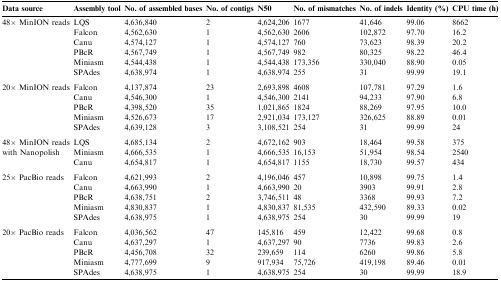
<table><thead><tr><td><b>Data source</b></td><td><b>Assembly tool</b></td><td><b>No. of assembled bases</b></td><td><b>No. of contigs</b></td><td><b>N50</b></td><td><b>No. of mismatches</b></td><td><b>No. of indels</b></td><td><b>Identity (%)</b></td><td><b>CPU time (h)</b></td></tr></thead><tbody><tr><td rowspan="6">48× MinION reads</td><td>LQS</td><td>4,636,840</td><td>2</td><td>4,624,206</td><td>1677</td><td>41,646</td><td>99.06</td><td>8662</td></tr><tr><td>Falcon</td><td>4,562,630</td><td>1</td><td>4,562,630</td><td>2606</td><td>102,872</td><td>97.70</td><td>16.2</td></tr><tr><td>Canu</td><td>4,574,127</td><td>1</td><td>4,574,127</td><td>760</td><td>73,623</td><td>98.39</td><td>20.2</td></tr><tr><td>PBcR</td><td>4,567,749</td><td>1</td><td>4,567,749</td><td>982</td><td>80,325</td><td>98.22</td><td>46.4</td></tr><tr><td>Miniasm</td><td>4,544,438</td><td>1</td><td>4,544,438</td><td>173,356</td><td>330,040</td><td>88.90</td><td>0.05</td></tr><tr><td>SPAdes</td><td>4,638,974</td><td>1</td><td>4,638,974</td><td>255</td><td>31</td><td>99.99</td><td>19.1</td></tr><tr><td colspan="9">  </td></tr><tr><td rowspan="5">20× MinION reads</td><td>Falcon</td><td>4,137,874</td><td>23</td><td>2,693,898</td><td>4608</td><td>107,781</td><td>97.29</td><td>1.6</td></tr><tr><td>Canu</td><td>4,546,300</td><td>1</td><td>4,546,300</td><td>2141</td><td>94,233</td><td>97.90</td><td>6.8</td></tr><tr><td>PBcR</td><td>4,398,520</td><td>35</td><td>1,021,865</td><td>1824</td><td>88,269</td><td>97.95</td><td>10.0</td></tr><tr><td>Miniasm</td><td>4,526,673</td><td>17</td><td>2,921,034</td><td>173,127</td><td>326,625</td><td>88.89</td><td>0.01</td></tr><tr><td>SPAdes</td><td>4,639,128</td><td>3</td><td>3,108,521</td><td>254</td><td>31</td><td>99.99</td><td>24</td></tr><tr><td colspan="9">  </td></tr><tr><td rowspan="3">48× MinION reads with Nanopolish</td><td>LQS</td><td>4,685,134</td><td>2</td><td>4,672,162</td><td>903</td><td>18,464</td><td>99.58</td><td>375</td></tr><tr><td>Miniasm</td><td>4,666,535</td><td>1</td><td>4,666,535</td><td>16,153</td><td>51,954</td><td>98.54</td><td>2540</td></tr><tr><td>Canu</td><td>4,654,817</td><td>1</td><td>4,654,817</td><td>1155</td><td>18,730</td><td>99.57</td><td>434</td></tr><tr><td colspan="9">  </td></tr><tr><td rowspan="5">25× PacBio reads</td><td>Falcon</td><td>4,621,993</td><td>2</td><td>4,196,046</td><td>457</td><td>10,898</td><td>99.75</td><td>1.4</td></tr><tr><td>Canu</td><td>4,663,990</td><td>1</td><td>4,663,990</td><td>20</td><td>3903</td><td>99.91</td><td>2.8</td></tr><tr><td>PBcR</td><td>4,638,751</td><td>2</td><td>3,746,511</td><td>48</td><td>3368</td><td>99.93</td><td>7.2</td></tr><tr><td>Miniasm</td><td>4,830,837</td><td>1</td><td>4,830,837</td><td>81,535</td><td>432,590</td><td>89.33</td><td>0.02</td></tr><tr><td>SPAdes</td><td>4,638,975</td><td>1</td><td>4,638,975</td><td>254</td><td>30</td><td>99.99</td><td>19</td></tr><tr><td colspan="9">  </td></tr><tr><td rowspan="5">20× PacBio reads</td><td>Falcon</td><td>4,036,562</td><td>47</td><td>145,816</td><td>459</td><td>12,422</td><td>99.68</td><td>0.8</td></tr><tr><td>Canu</td><td>4,637,297</td><td>1</td><td>4,637,297</td><td>90</td><td>7736</td><td>99.83</td><td>2.6</td></tr><tr><td>PBcR</td><td>4,456,708</td><td>32</td><td>239,659</td><td>114</td><td>6260</td><td>99.86</td><td>5.8</td></tr><tr><td>Miniasm</td><td>4,777,699</td><td>9</td><td>917,934</td><td>75,726</td><td>419,198</td><td>89.46</td><td>0.01</td></tr><tr><td>SPAdes</td><td>4,638,975</td><td>1</td><td>4,638,975</td><td>254</td><td>30</td><td>99.99</td><td>18.9</td></tr></tbody></table>